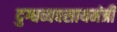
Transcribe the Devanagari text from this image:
दुग्धव्यवसायमंत्री